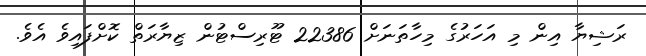
ރަޝިޔާ އިން މި އަހަރުގެ މިހާތަނަށް 22386 ޓޫރިސްޓުން ޒިޔާރަތް ކޮށްފައިވެ އެވެ.